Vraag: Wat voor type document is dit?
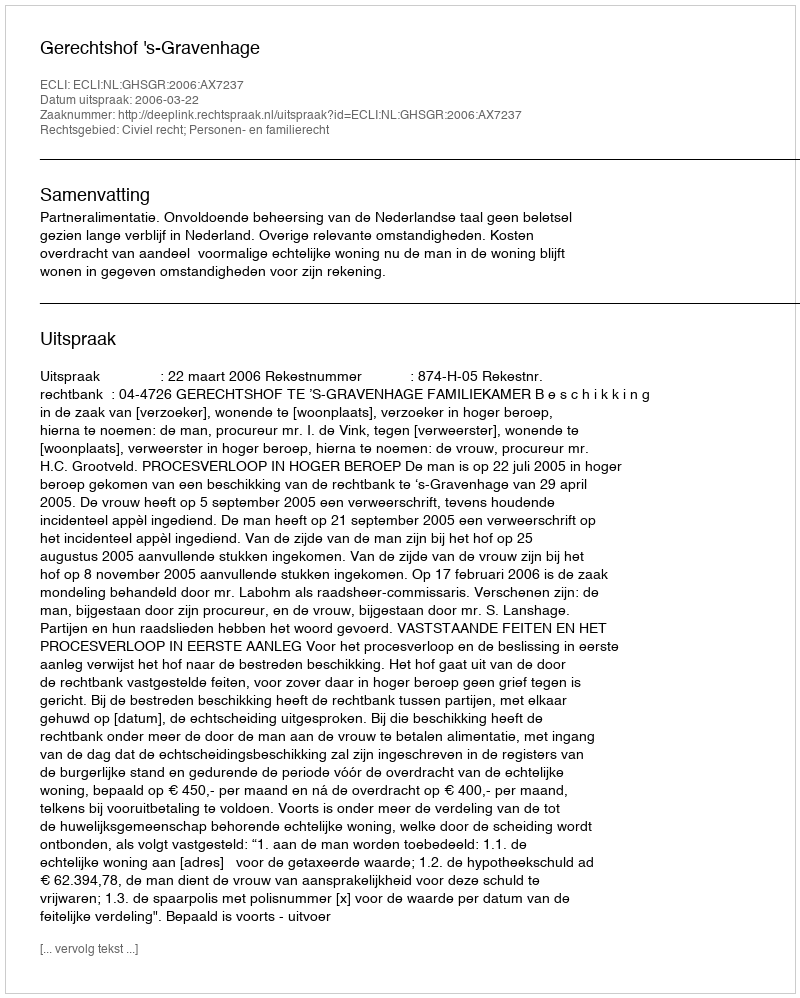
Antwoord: Uitspraak